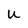
Character: u